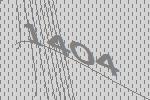
1404